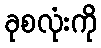
ခုစလုံးကို